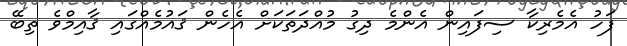
ފަހު އެމެރިކާ ސިފައިން އެންމެ ދިގު މުއްދަތަކަށް އެހެން ޤައުމެއްގައި ޤާއިމްވެ ތިބޭ